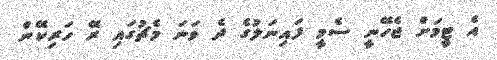
އެ ޓީމަށް ޖެހޭނީ ސެމީ ފައިނަލުގެ ދެ ވަނަ މެޗުގައި ރޭ ހަރިކޭން